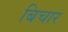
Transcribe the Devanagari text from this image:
बिचार